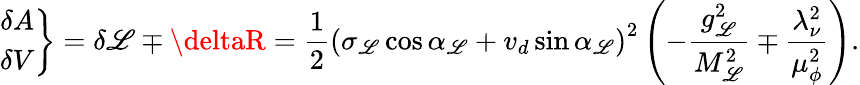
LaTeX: \left.\begin{array}{c}{{\delta A}}\\ {{\delta V}}\end{array}\right\} =\delta\mathscr{L}\mp\deltaR=\frac{1}{2}\left(\sigma_{\mathscr{L}}\cos\alpha_{\mathscr{L}}+v_{d}\sin\alpha_{\mathscr{L}}\right)^{2}\left(-\frac{{g_{\mathscr{L}}^{2}}}{{M_{\mathscr{L}}^{2}}}\mp\frac{{\lambda_{\nu}^{2}}}{{\mu_{\phi}^{2}}}\right).